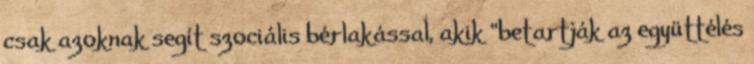
csak azoknak segít szociális bérlakással, akik “betartják az együttélés